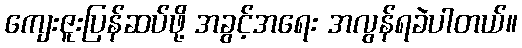
ကျေးဇူးပြန်ဆပ်ဖို့ အခွင့်အရေး အလွန်ရခဲပါတယ်။